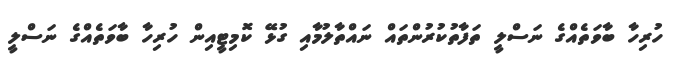
ހުރިހާ ބާވަތެއްގެ ނަސްލީ ތަފާތުކުރުންތައް ނައްތާލުމާއި ގުޅޭ ކޮމިޓީއިން ހުރިހާ ބާވަތެއްގެ ނަސްލީ